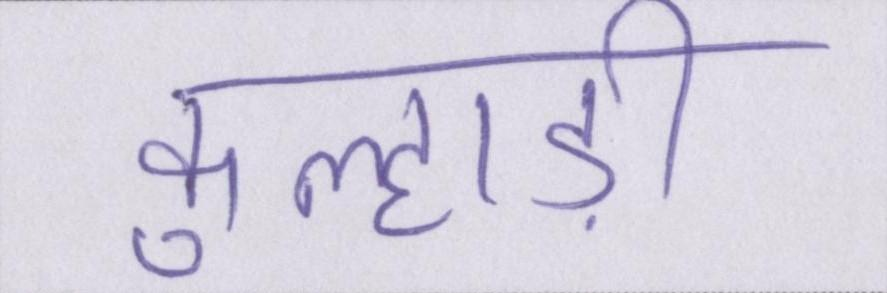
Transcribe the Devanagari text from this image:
कुल्हाड़ी